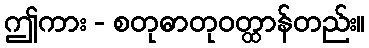
ဤကား - စတုဓာတုဝတ္ထာန်တည်း။